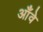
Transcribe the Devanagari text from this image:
आँवे